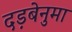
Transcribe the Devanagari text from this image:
दड़बेनुमा